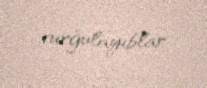
vurğulayıblar.